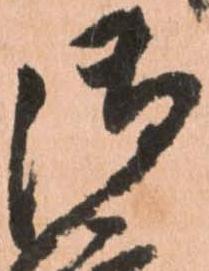
御